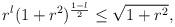
LaTeX: \begin{align*}r^l (1+r^2)^{{1-l\over 2}} \leq \sqrt{1+r^2},\end{align*}